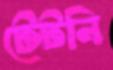
টেটনি